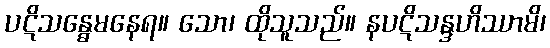
ပဋိသန္ဓေမနေရ။ သော၊ ထိုသူသည်။ နပဋိသန္ဒဟိဿာမိ၊